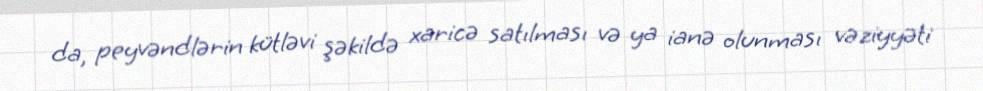
da, peyvəndlərin kütləvi şəkildə xaricə satılması və ya ianə olunması vəziyyəti